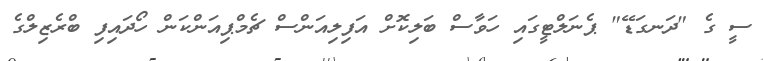
ސީ ގެ "ދަނގަޑޭ" ޕެނަލްޓީގައި ހަވާސް ބަލިކޮށް އަފިލިއަންސް ޗެމްޕިއަންކަން ހޯދައިފި ބްރެޒިލްގެ